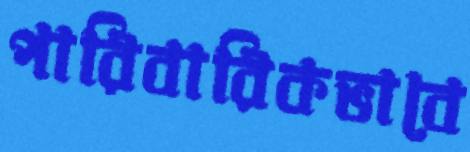
পারিবারিকভাবে